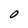
Character: O